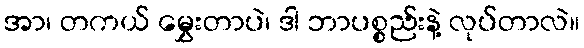
အာ၊ တကယ် မွှေးတာပဲ၊ ဒါ ဘာပစ္စည်းနဲ့ လုပ်တာလဲ။